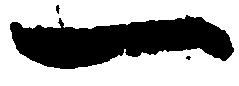
一